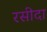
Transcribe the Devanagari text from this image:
रसीदा